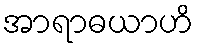
အာရာဓယာဟိ